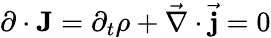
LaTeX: \mathbf{\partial}\cdot\mathbf{J}=\partial_{t}\rho+{\vec{\mathbf{\nabla}}}\cdot{\vec{\mathbf{j}}}=0